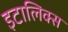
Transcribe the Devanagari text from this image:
इटालिक्स